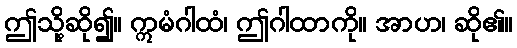
ဤသို့ဆို၍။ ဣမံဂါထံ၊ ဤဂါထာကို။ အာဟ၊ ဆို၏။